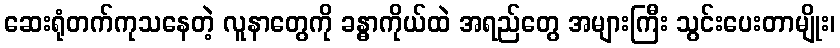
ဆေးရုံတက်ကုသနေတဲ့ လူနာတွေကို ခန္ဓာကိုယ်ထဲ အရည်တွေ အများကြီး သွင်းပေးတာမျိုး၊